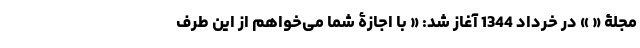
مجلۀ « » در خرداد 1344 آغاز شد: « با اجازۀ شما می‌خواهم از این طرف